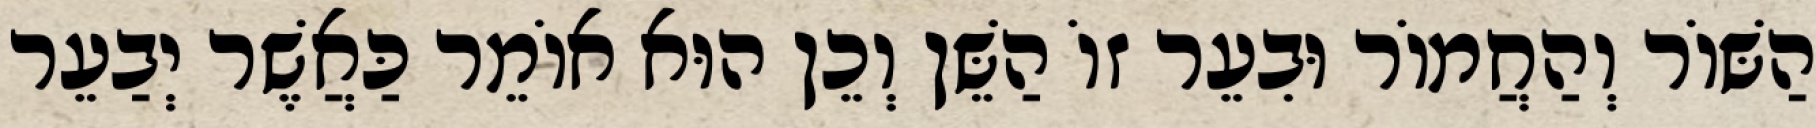
הַשּׁוֹר וְהַחֲמוֹר וּבִעֵר זוֹ הַשֵּׁן וְכֵן הוּא אוֹמֵר כַּאֲשֶׁר יְבַעֵר